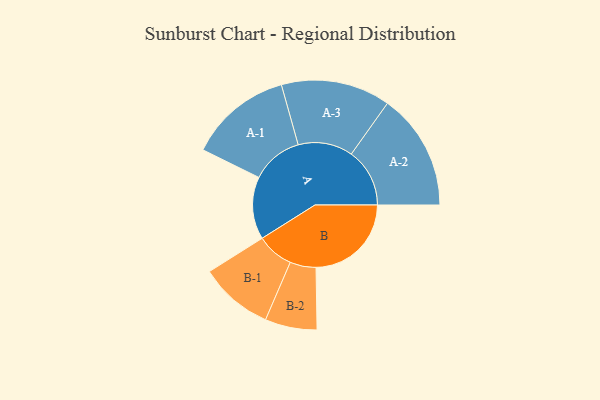
{"axis": {"x": "Segment", "y": "Value"}, "legend": ["", "A", "B"], "data": [{"x": "A", "y": 320, "type": ""}, {"x": "B", "y": 488, "type": ""}, {"x": "A-1", "y": 264, "type": "A"}, {"x": "A-2", "y": 299, "type": "A"}, {"x": "A-3", "y": 280, "type": "A"}, {"x": "B-1", "y": 189, "type": "B"}, {"x": "B-2", "y": 133, "type": "B"}]}